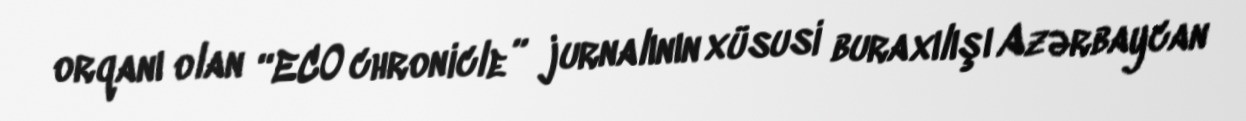
orqanı olan “ECO chronicle” jurnalının xüsusi buraxılışı Azərbaycan